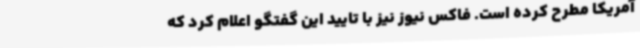
آمریکا مطرح کرده است. فاکس نیوز نیز با تایید این گفتگو اعلام کرد که